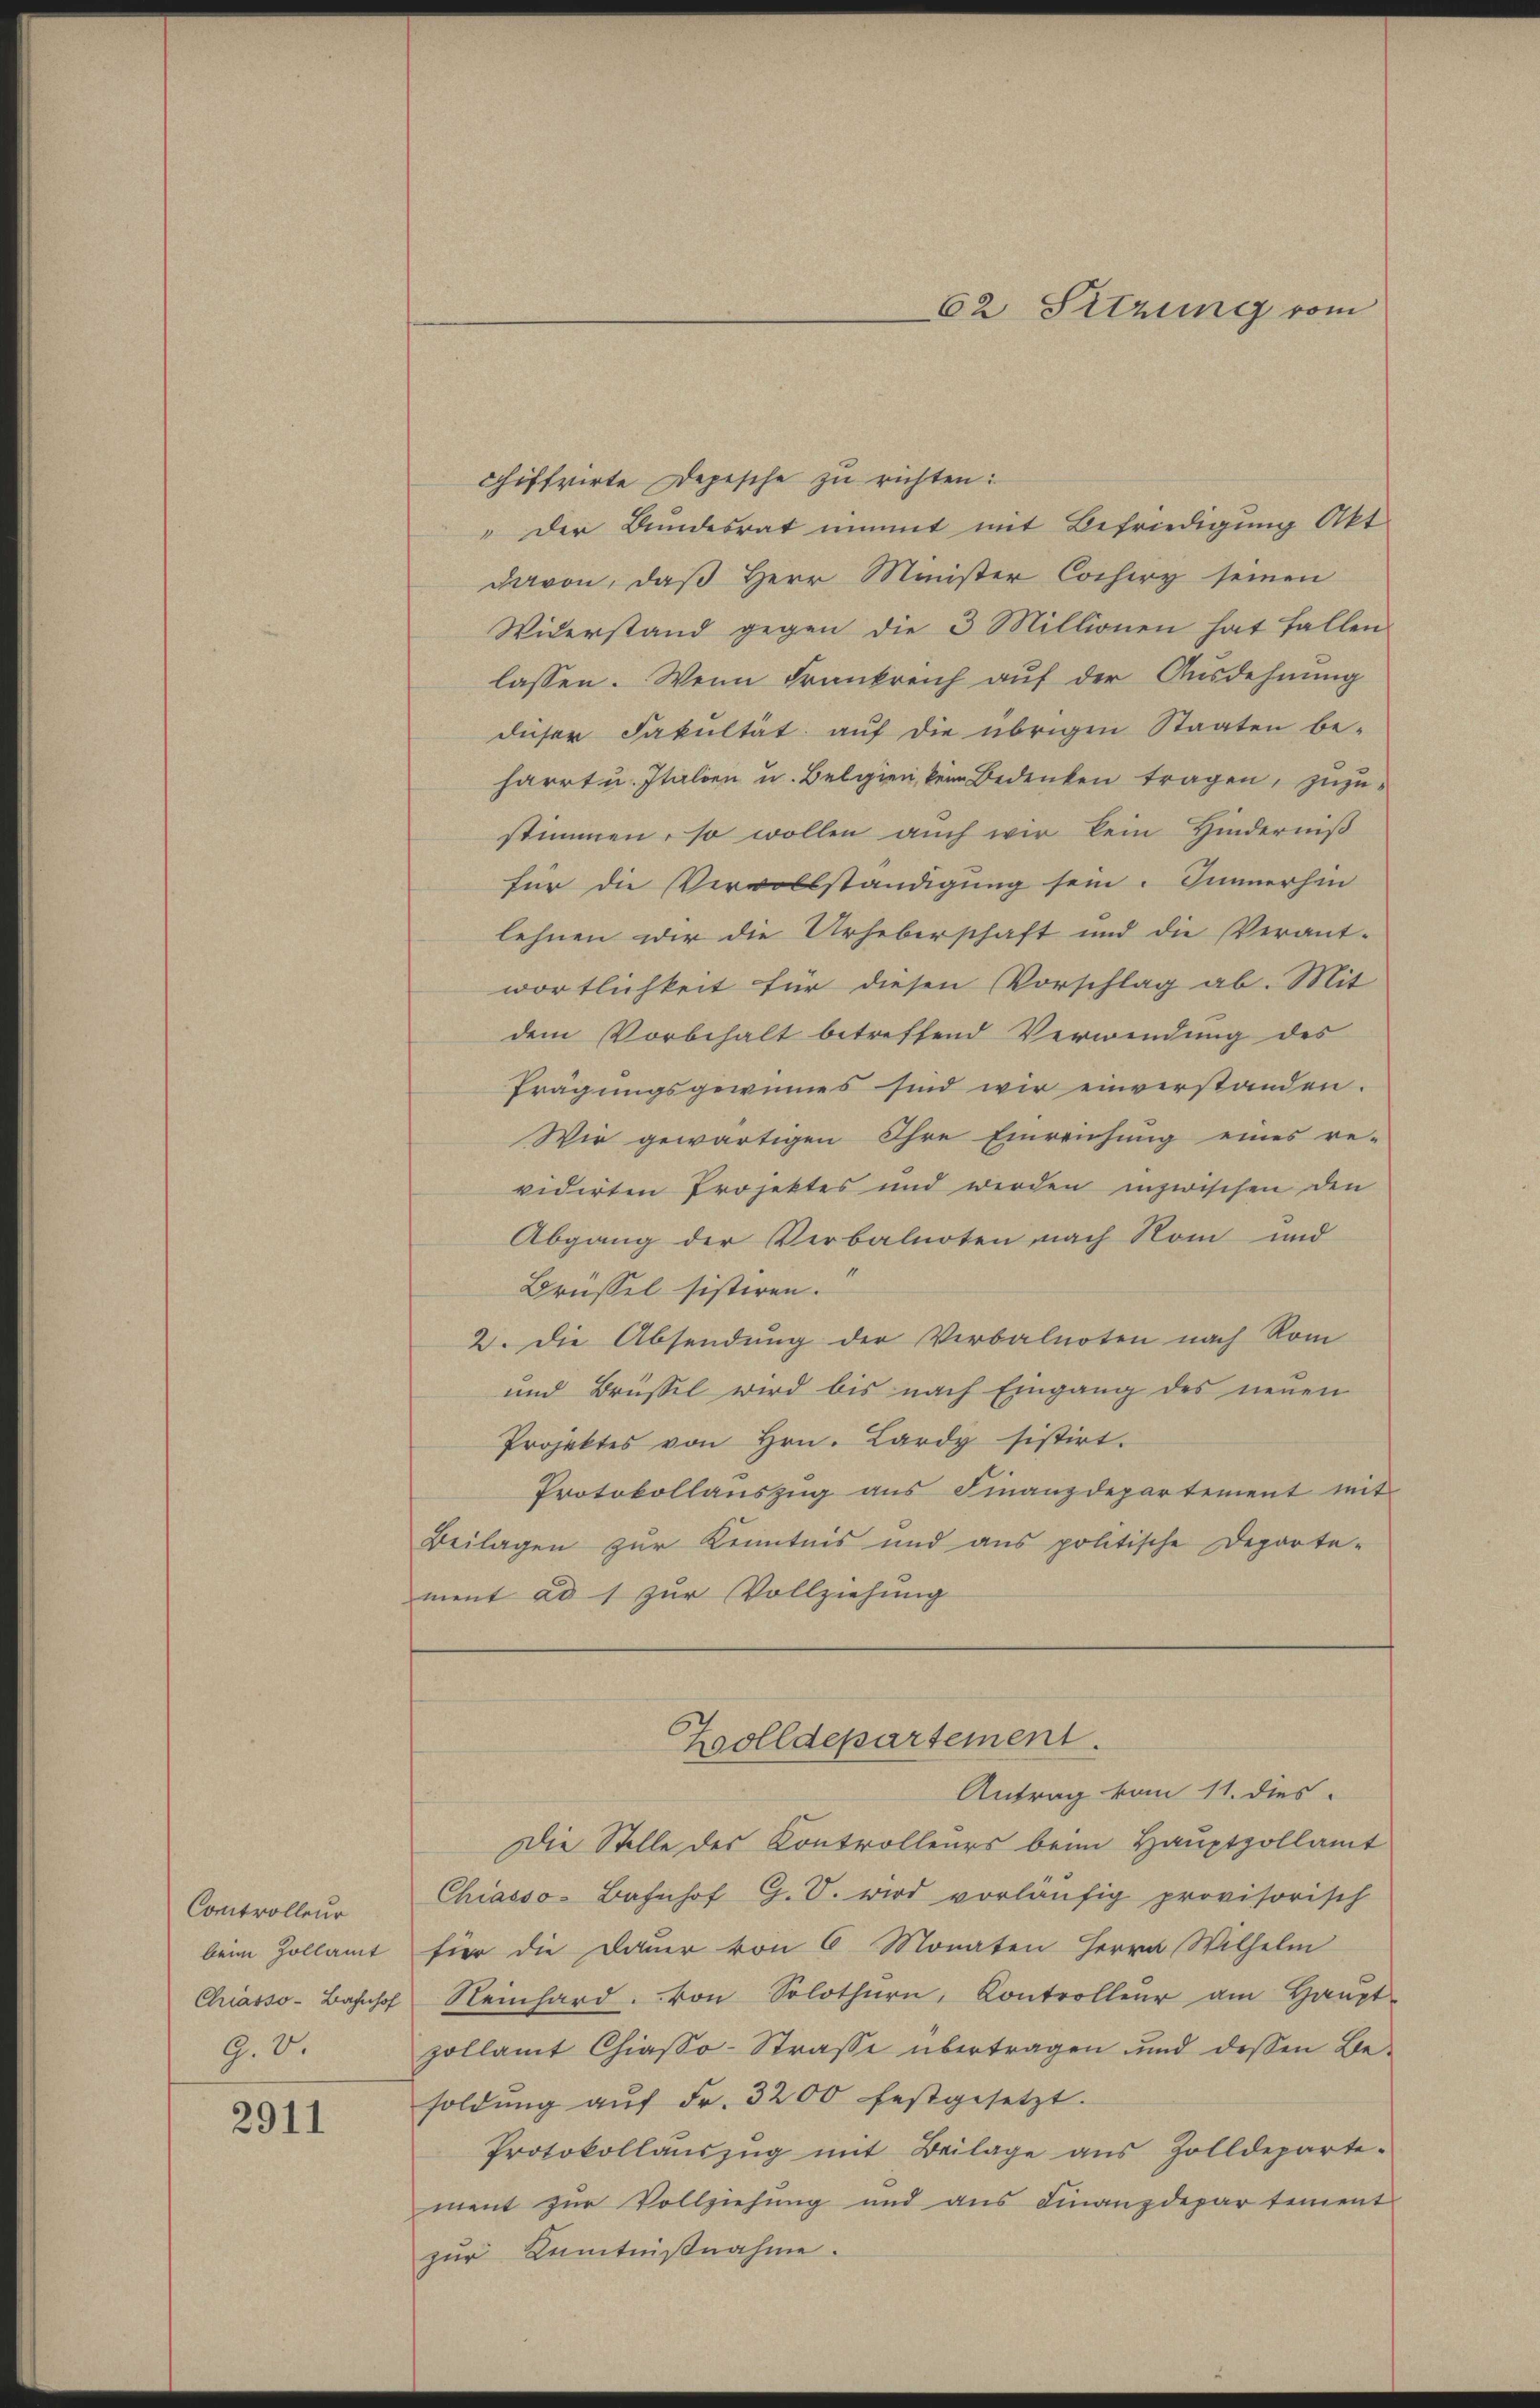
Controlleur
beim Zollamt
G. 8.

2911

chiffrirte Depesche zu richten:
" Der Bundesrat nimmt mit Befriedigung Akt
davon, daß Herr Minister Cochiry seinen
Widerstand gegen die 3 Millionen hat fallen
lassen. Wenn Frankreich auf der Ausdehnung
dieser Fakultät auf die übrigen Staaten be-
harrt u. Italien u. Belgien, kein Bedenken tragen, zuzustimmen, so wollen auch wir kein Hinderniß
für die Vervollständigung sein. Immerhin
lehnen wir die Urheberschaft und die Verant-
wortlichkeit für diesen Vorschlag ab. Mit
dem Vorbehalt betreffend Verwendung des
Prägungsgewinnes sind wir einverstanden.
Wir gewärtigen Ihre Einreichung eines re-
vidirten Projektes und werden inzwischen den
Abgang der Verbalnoten nach Rom und
Brüssel sistiren.
2. Die Absendung der Verbalnoten nach Rom
und Brüssel wird bis nach Eingang des neŭen
Projektes von Hrn. Lardy sistirt.
Protokollauszug aus Finanzdepartement mit
Beilagen zur Kenntnis und aus politische Departe-
ment ad 1 zur Vollziehung

62 Sitzung vom

Zolldepartement.
Antrag vom 11. dies

Die Stelle des Kontrolleurs beim Hauptzollamt
Chiasso-Bahnhof G. V. wird vorläufig provisorisch
fier die Dauer von 6 Monaten Herrn Wilhelm
Chiasso-Bahnhof Reinhard. von Solothurn, Controller am Haŭpt-
zollamt Chiasso-Strasse übertragen und dessen Besoldŭng aŭf Fr. 3200 festgesetzt.
Protokollaŭszŭg mit Beilage aus Zolldeparte-
ment zur Vollziehung und aus Finanzdepartement
zur Kenntnißnahme.